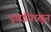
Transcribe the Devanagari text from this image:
दुबईपासून